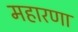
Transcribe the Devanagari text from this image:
महारणा